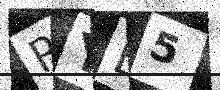
Text: RYB5